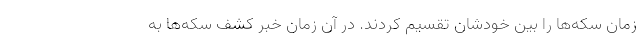
زمان سکه‌ها را بین خودشان تقسیم کردند. در آن زمان خبر کشف سکه‌ها به